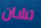
تشان